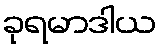
ခုရမာဒါယ